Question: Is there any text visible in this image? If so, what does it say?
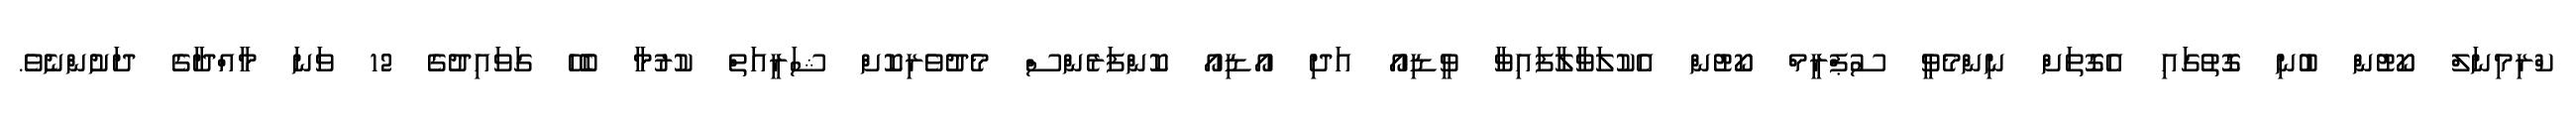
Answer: ކްރިމިނަލް ކޯޓުން ބުނި ގޮތުގައި އެގޮތަށް ނިންމެވީ ސުޕްރީމް ކޯޓުން އެކުލަވާލާފައިވާ ވީޑިއޯ އަދި އޯޑިއޯ ކޮންފަރެންސް މެދުވެރިކޮށް ޝަރީއަތް ކުރުމާ ބެހޭ ގަވައިދުގެ 12 ވަނަ މާއްދާގެ ދަށުންނެވެ.